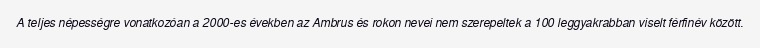
A teljes népességre vonatkozóan a 2000-es években az Ambrus és rokon nevei nem szerepeltek a 100 leggyakrabban viselt férfinév között.